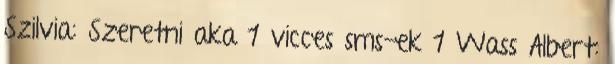
Szilvia: Szeretni aka 1 vicces sms-ek 1 Wass Albert: